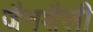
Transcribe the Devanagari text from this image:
जैनशैली